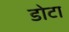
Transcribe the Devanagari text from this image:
डोटा